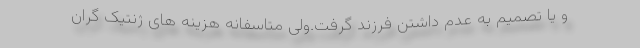
و یا تصمیم به عدم داشتن فرزند گرفت.ولی متاسفانه هزینه های ژنتیک گران